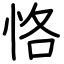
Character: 恪